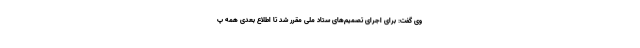
وی گفت: برای اجرای تصمیم‌های ستاد ملی مقرر شد تا اطلاع بعدی همه پ